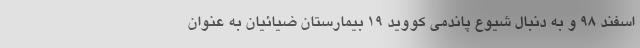
اسفند ۹۸ و به دنبال شیوع پاندمی کووید ۱۹ بیمارستان ضیائیان به عنوان